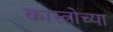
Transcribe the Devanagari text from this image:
कास्त्रोच्या